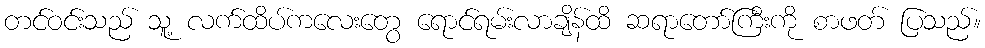
တင်ဝင်းသည် သူ့ လက်ထိပ်ကလေးတွေ ရောင်ရမ်းလာချိန်ထိ ဆရာတော်ကြီးကို စာဖတ် ပြသည်။